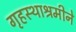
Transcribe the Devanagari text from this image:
गृहस्थाश्रमीने